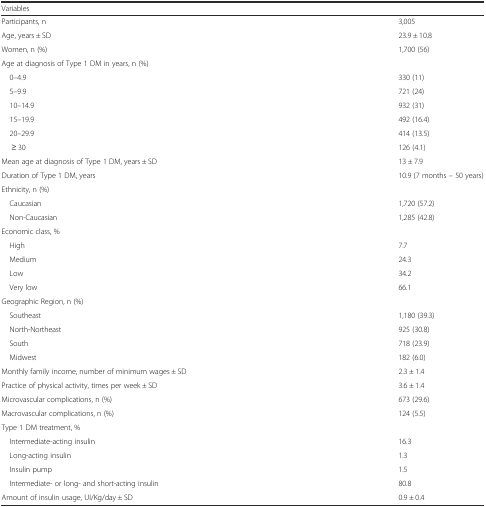
<table><thead><tr><td><b>Variables</b></td><td></td></tr></thead><tbody><tr><td>Participants, n</td><td>3,005</td></tr><tr><td>Age, years ± SD</td><td>23.9 ± 10.8</td></tr><tr><td>Women, n (%)</td><td>1,700 (56)</td></tr><tr><td>Age at diagnosis of Type 1 DM in years, n (%)</td><td></td></tr><tr><td> 0–4.9</td><td>330 (11)</td></tr><tr><td> 5–9.9</td><td>721 (24)</td></tr><tr><td> 10–14.9</td><td>932 (31)</td></tr><tr><td> 15–19.9</td><td>492 (16.4)</td></tr><tr><td> 20–29.9</td><td>414 (13.5)</td></tr><tr><td>≥ 30</td><td>126 (4.1)</td></tr><tr><td>Mean age at diagnosis of Type 1 DM, years ± SD</td><td>13 ± 7.9</td></tr><tr><td>Duration of Type 1 DM, years</td><td>10.9 (7 months – 50 years)</td></tr><tr><td>Ethnicity, n (%)</td><td></td></tr><tr><td> Caucasian</td><td>1,720 (57.2)</td></tr><tr><td> Non-Caucasian</td><td>1,285 (42.8)</td></tr><tr><td>Economic class, %</td><td></td></tr><tr><td> High</td><td>7.7</td></tr><tr><td> Medium</td><td>24.3</td></tr><tr><td> Low</td><td>34.2</td></tr><tr><td> Very low</td><td>66.1</td></tr><tr><td>Geographic Region, n (%)</td><td></td></tr><tr><td> Southeast</td><td>1,180 (39.3)</td></tr><tr><td> North-Northeast</td><td>925 (30.8)</td></tr><tr><td> South</td><td>718 (23.9)</td></tr><tr><td> Midwest</td><td>182 (6.0)</td></tr><tr><td>Monthly family income, number of minimum wages ± SD</td><td>2.3 ± 1.4</td></tr><tr><td>Practice of physical activity, times per week ± SD</td><td>3.6 ± 1.4</td></tr><tr><td>Microvascular complications, n (%)</td><td>673 (29.6)</td></tr><tr><td>Macrovascular complications, n (%)</td><td>124 (5.5)</td></tr><tr><td>Type 1 DM treatment, %</td><td></td></tr><tr><td> Intermediate-acting insulin</td><td>16.3</td></tr><tr><td> Long-acting insulin</td><td>1.3</td></tr><tr><td> Insulin pump</td><td>1.5</td></tr><tr><td> Intermediate- or long- and short-acting insulin</td><td>80.8</td></tr><tr><td>Amount of insulin usage, UI/Kg/day ± SD</td><td>0.9 ± 0.4</td></tr></tbody></table>